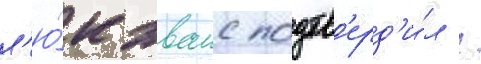
л'ю́к эванс подтв'ерд'и́л /